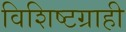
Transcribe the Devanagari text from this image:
विशिष्टग्राही